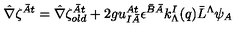
\hat { \nabla } \zeta ^ { \bar { A } t } = \hat { \nabla } \zeta _ { o l d } ^ { \bar { A } t } + 2 g u _ { I \bar { A } } ^ { A t } \epsilon ^ { \bar { B } \bar { A } } k _ { \Lambda } ^ { I } ( q ) { \bar { L } } ^ { \Lambda } \psi _ { A }